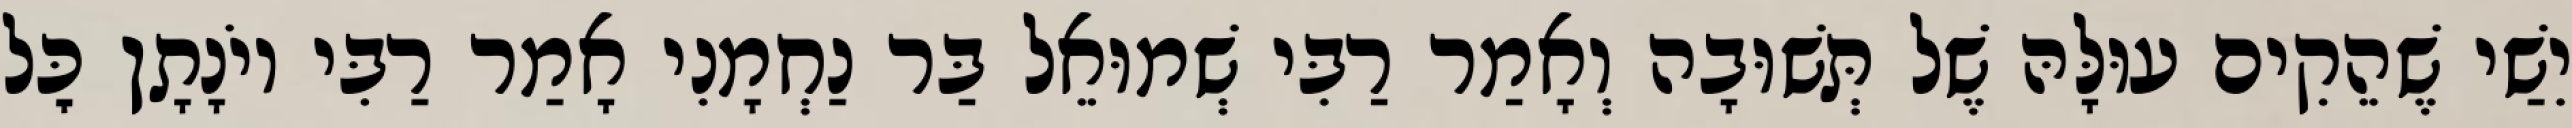
יִשַׁי שֶׁהֵקִים עוּלָּהּ שֶׁל תְּשׁוּבָה וְאָמַר רַבִּי שְׁמוּאֵל בַּר נַחְמָנִי אָמַר רַבִּי יוֹנָתָן כׇּל